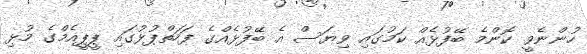
ހުންނެވީ ކޮންމެ ބޭފުޅެއް ކަމުގައި ވިޔަސް އެ ބޭފުޅެއްގެ ފަހަތްޕުޅުގައި ޕީޕީއެމްގެ މުޅި